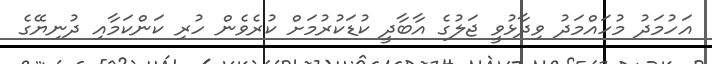
އަހުމަދު މުހައްމަދު ވިދާޅުވީ ޖަލުގެ އާބާދީ ކުޑަކުރުމަށް ކުރެވެން ހުރި ކަންކަމާއި ދުނިޔޭގެ